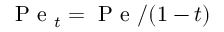
\mathrm { ~ P ~ e ~ } _ { t } = \mathrm { ~ P ~ e ~ } / ( 1 - t )